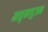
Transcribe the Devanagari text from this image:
मातृकापुजन